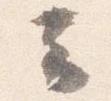
云